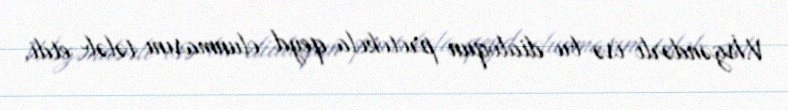
V.İsgəndərli isə bu dialoqun protokola qeyd olunmasını tələb etdi.